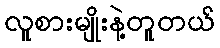
လူစားမျိုးနဲ့တူတယ်